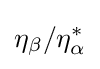
\eta _{\beta }/\eta _{\alpha }^{*}